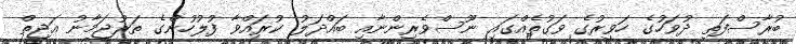
ބުރާސްފަތި ދުވަހުގެ ހަވީރުގެ ވަގުތެއްގައި ނޫސްވެރިންނާއި ބައްދަލު ކުރައްވާ ފުލުހުންގެ ތަރުޖަމާނު އަޖިތް